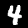
Digit: 4